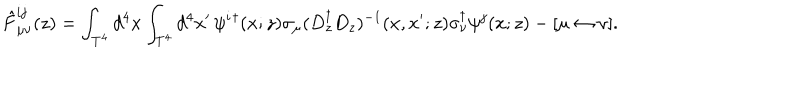
\hat { F } _ { \mu \nu } ^ { i j } ( z ) = \int _ { T ^ { 4 } } d ^ { 4 } x \int _ { T ^ { 4 } } d ^ { 4 } x ^ { \prime } \, \psi ^ { i } { } ^ { \dagger } ( x ; z ) \sigma _ { \mu } ( D _ { z } ^ { \dagger } D _ { z } ) ^ { - 1 } ( x , x ^ { \prime } ; z ) \sigma _ { \nu } ^ { \dagger } \psi ^ { j } ( x ; z ) - [ \mu \leftrightarrow \nu ] .